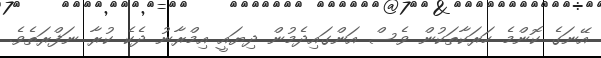
އޭނަގެ ކޮންމެ ހަރަކާތަކުން ވެސް އަންގައިދެމުން ދިޔައީ އިމްރާނު ދެކެ ކުރާ ނަފްރަތެވެ.